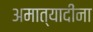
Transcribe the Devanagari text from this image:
अमात्यादींना